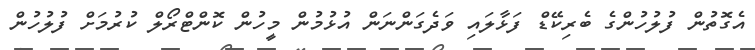
އެގޮތުން ފުލުހުންގެ ބެރިކޭޑް ފަޅާލައި ވަދެގަންނަން އުޅުމުން މީހުން ކޮންޓްރޯލް ކުރުމަށް ފުލުހުން